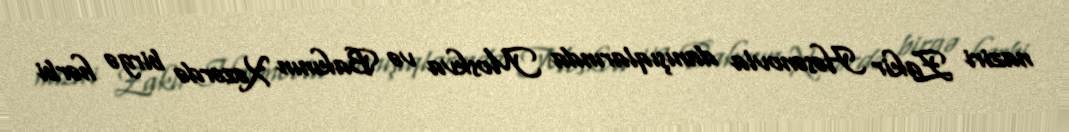
naziri Zakir Həsənovla danışıqlarında Moskva və Bakının Xəzərdə birgə hərbi